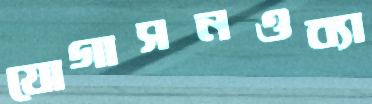
যোগাসনওব্যা